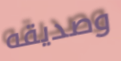
وصديقه